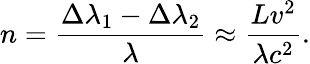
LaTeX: n={\frac{\Delta\lambda_{1}-\Delta\lambda_{2}}{\lambda}}\approx{\frac{Lv^{2}}{\lambda c^{2}}}.